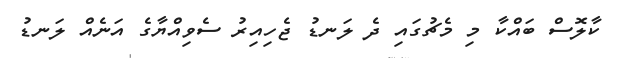
ކާލޮސް ބައްކާ މި މެޗުގައި ދެ ލަނޑު ޖެހިއިރު ސެވިއްޔާގެ އަނެއް ލަނޑު